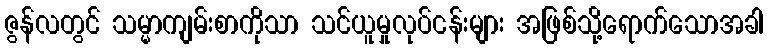
ဇွန်လတွင် သမ္မာကျမ်းစာကိုသာ သင်ယူမှုလုပ်ငန်းများ အဖြစ်သို့ရောက်သောအခါ